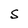
Character: S